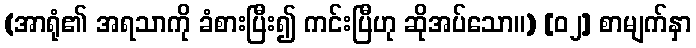
(အာရုံ၏ အရသာကို ခံစားပြီး၍ ကင်းပြီဟု ဆိုအပ်သော။) [၀၂] စာမျက်နှာ